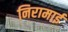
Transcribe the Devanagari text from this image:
निरामाई